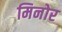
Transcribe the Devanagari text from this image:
मिनोर